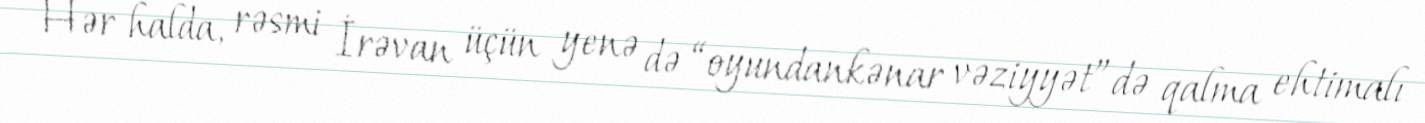
Hər halda, rəsmi İrəvan üçün yenə də “oyundankənar vəziyyət”də qalma ehtimalı